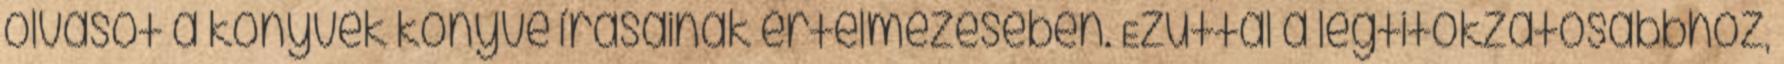
olvasót a könyvek könyve írásainak értelmezésében. Ezúttal a legtitokzatosabbhoz,